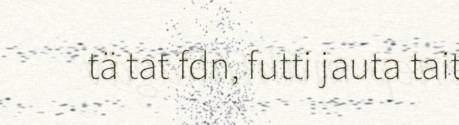
tä tat fdn, futti jauta tait